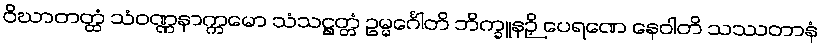
ဝိဃာတတ္ထံ သံဝဏ္ဏနာက္ကမော သံသဋ္ဌတ္တံ ဥမ္မင်္ဂေါတိ ဘိက္ခူနဉှိ ပေရဏေ နေဝါတိ သဿတာနံ